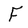
Character: F